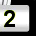
Digit: 2